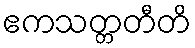
ဧကသတ္တတီတိ